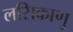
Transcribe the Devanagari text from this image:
लसिकाणु